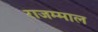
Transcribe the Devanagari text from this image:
राजम्माल